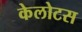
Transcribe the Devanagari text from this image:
केलोटस